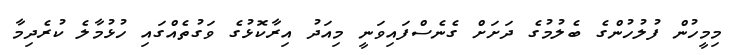
މިމީހުން ފުލުހުންގެ ބެލުމުގެ ދަށަށް ގެނެސްފައިވަނީ މިއަދު އިރާކޮޅުގެ ވަގުތެއްގައި ހުޅުމާލެެ ކުރެދިމާ